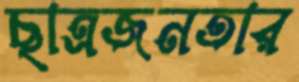
ছাত্রজনতার